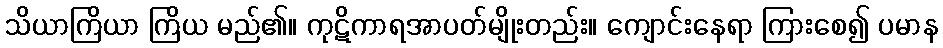
သိယာကြိယာ ကြိယ မည်၏။ ကုဋိကာရအာပတ်မျိုးတည်း။ ကျောင်းနေရာ ကြားစေ၍ ပမာန